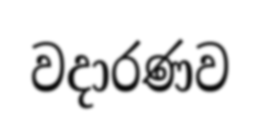
වදාරණව